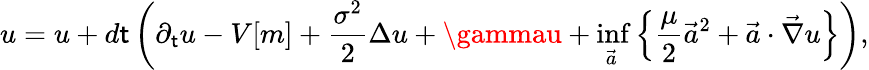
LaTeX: u=u+d\mathsf{t}\left(\partial_{\mathsf{t}}u-V[m]+\frac{{\sigma^{2}}}{{2}}\Delta{u}+\gammau+\operatorname*{inf}_{\vec{{a}}}\left\{ \frac{{\mu}}{{2}}\vec{{a}}^{2}+\vec{{a}}\cdot\vec{{\nabla}}{u}\right\} \right),